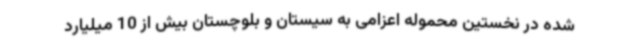
شده در نخستین محموله اعزامی به سیستان و بلوچستان بیش از 10 میلیارد